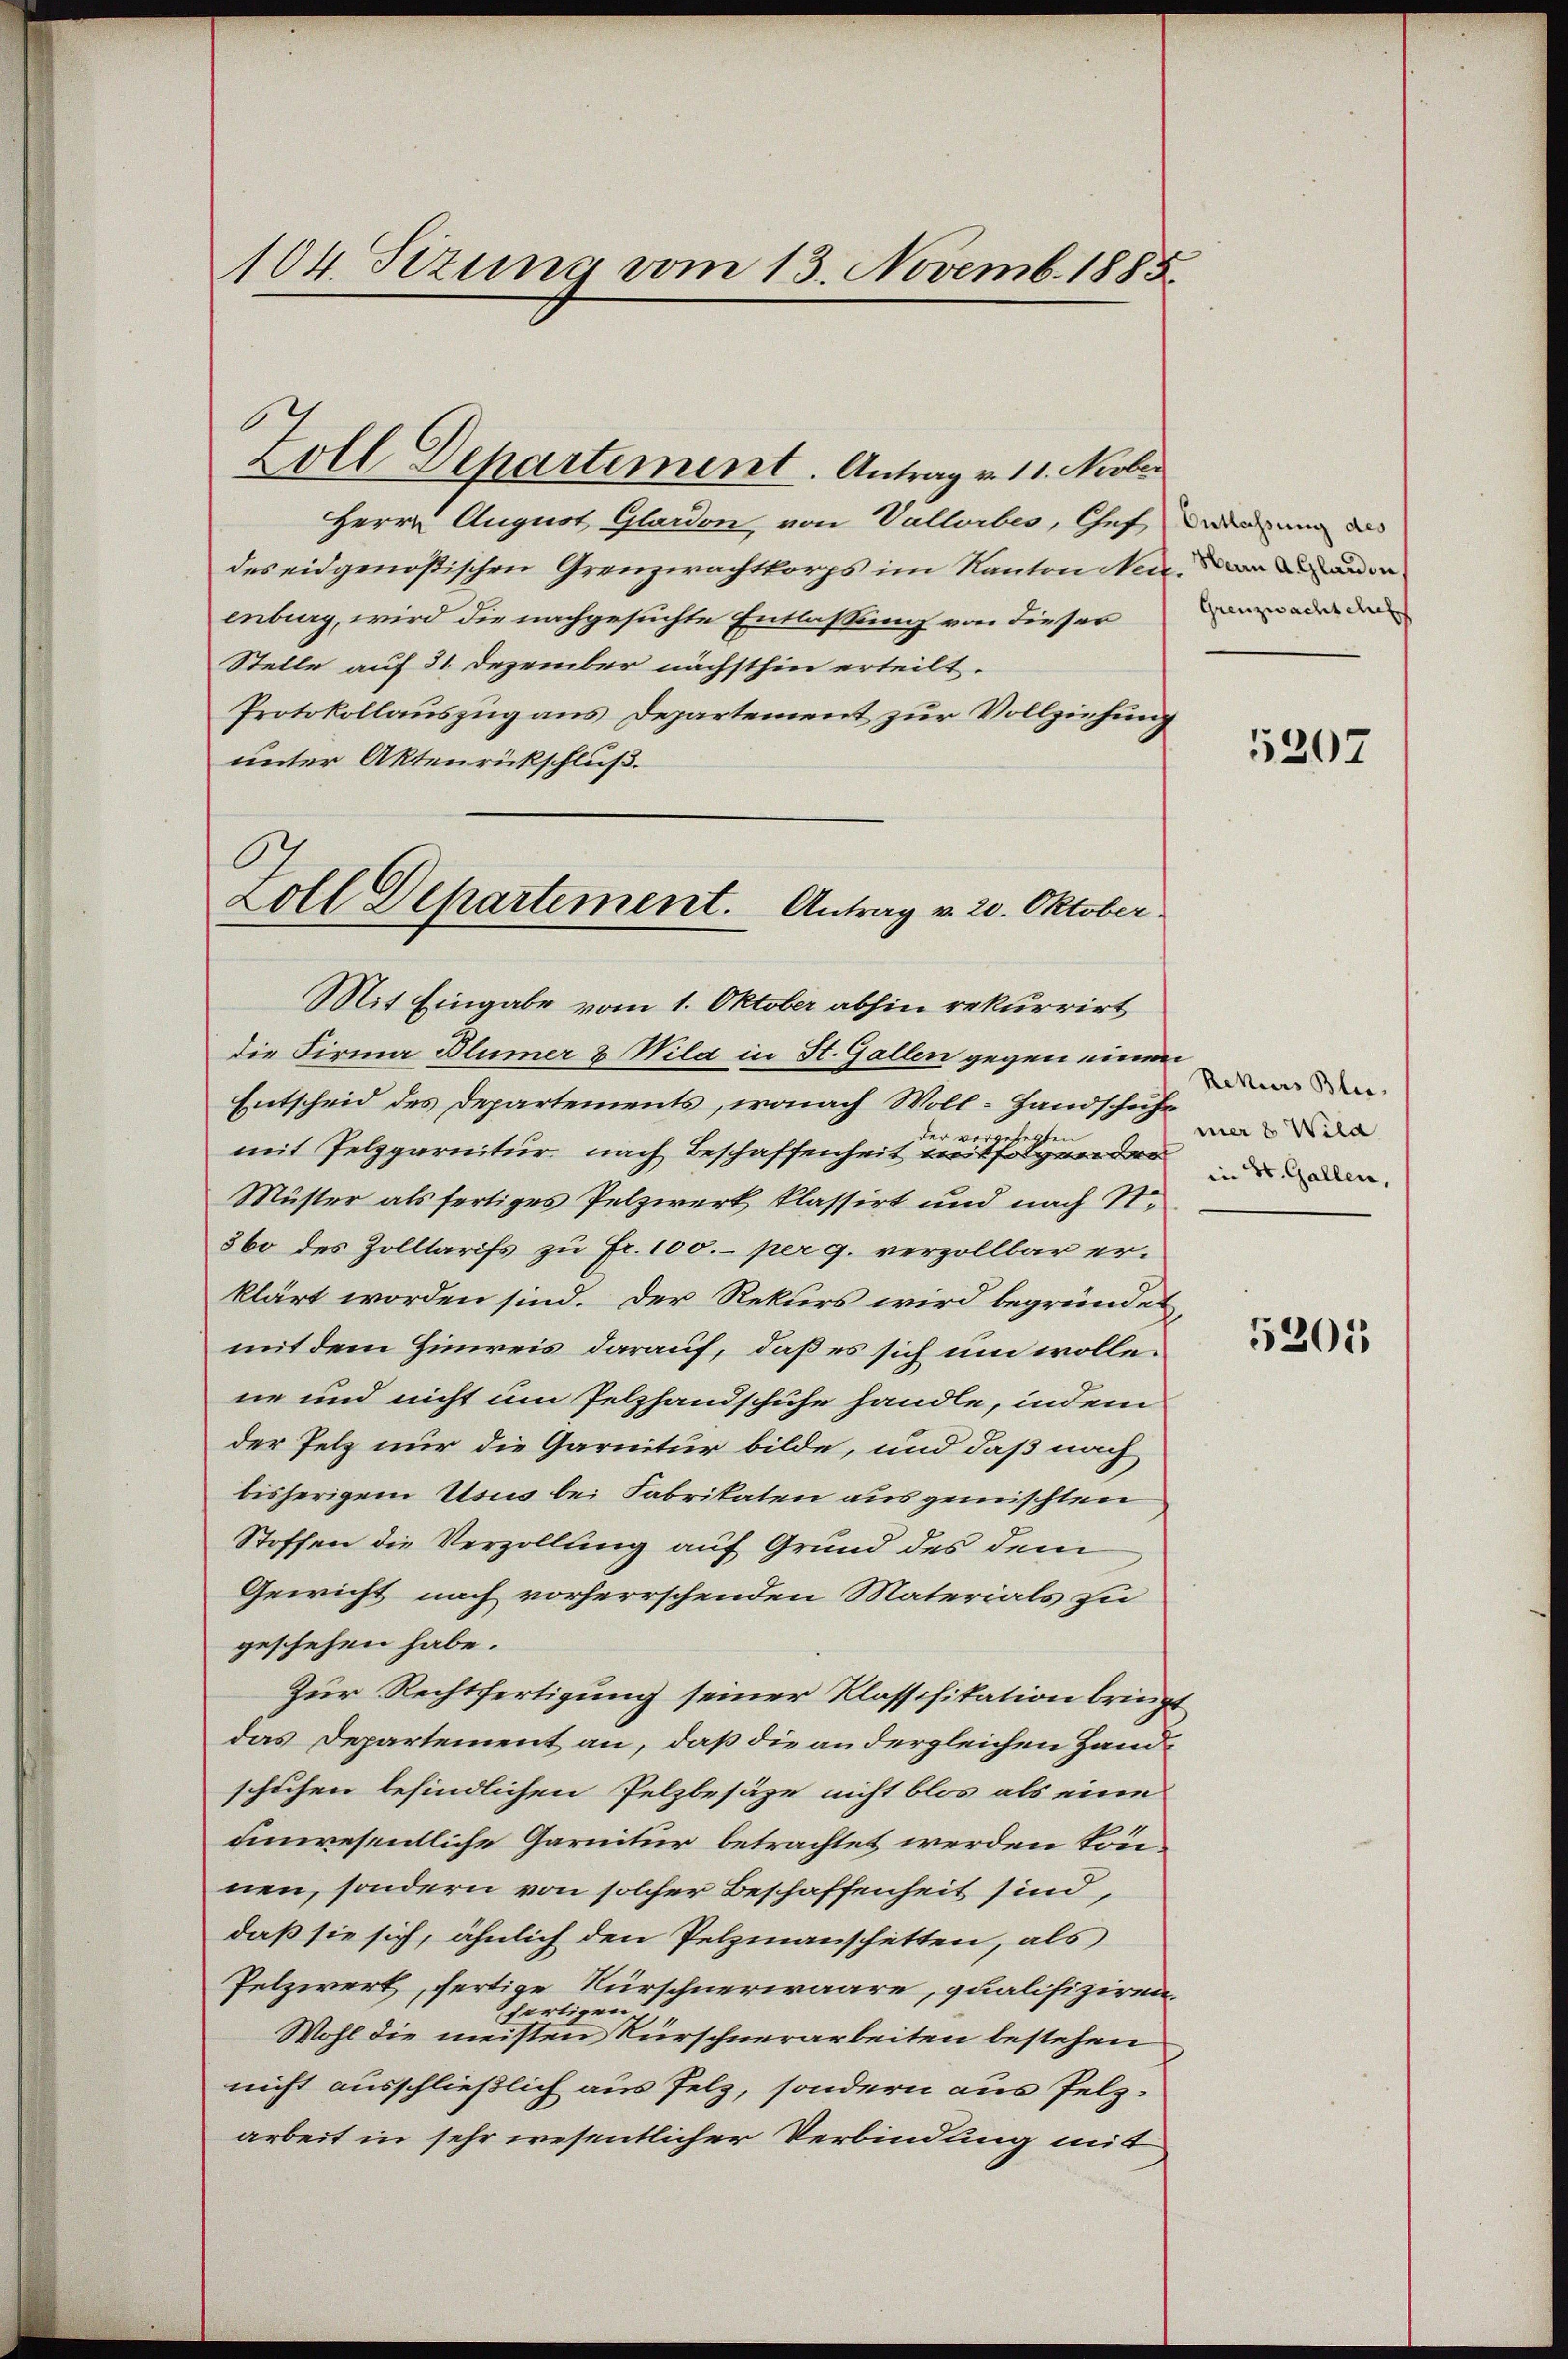
104. Sizung vom 13. Novemb. 1885.

Herrn August Glardon, von Vallorbes, Chef
des eidgenößischen Grenzwachtkorps im Kanton Neid, die und da
enberg, wird die nachgesuchte Entlassung von dieser
Stelle auf 31. Dezember nächsthin erteilt.
Protokollauszug aus Departement zur Vollziehung
unter Aktenrückschluß.
Mit Eingabe vom 1. Oktober abhin rekurrirt
die Firma Blümer & Mila in St. Gallen gegen einen
Entscheid des Departements, wonach Woll-Handschuhe
der vorg
legte
mit Pelzgarnitur nach Beschaffenheit weitfolgen des der
Müster als fertiges Pelzwerk klassirt und nach St.
360 des Zolltarifs zu Fr. 100.- per 9. verzollbar erklärt worden sind. Der Rekurs wird begründet,
mit dem Hinweis darauf, daß es sich um wollene und nicht um Pelzhandschuhe handle, indem
der Pelz nur die Garnitur bilde, und daß nach
bisherigem Usus bei Fabritaten ausgemischten
Stoffen die Verzollung auf Grund des dem
Gewicht nach vorherrschenden Materials zu
geschehen habe.
Zur Rechtfertigung seiner Klassifikation bringt
das Departement an, daß die andergleichen Handschuhen befindlichen Pelzbesäze nicht blos als eine
unwesentliche Garnitur betrachtet werden könnnen, sondern von solcher Beschaffenheit sind,
daß sie sich, ähnlich den Pelzmannschetten, als
Pelzwert, fertige Kürschnerwaare, qualifiziren.
fertigen
Wohl die meisten Kürschnerarbeiten bestehen
nicht ausschließlich aus Pelz, sondern aus Pelz-
arbeit in sehr wesentlicher Verbindung mit

Zoll Departement. Antrag v. 20. Oktober.

Zoll Departiment. Antrag v. 11. Novbr

Ontlassung des
Grenzwachschef

5207

Rekurs Blu
mer 8 Wild

5205